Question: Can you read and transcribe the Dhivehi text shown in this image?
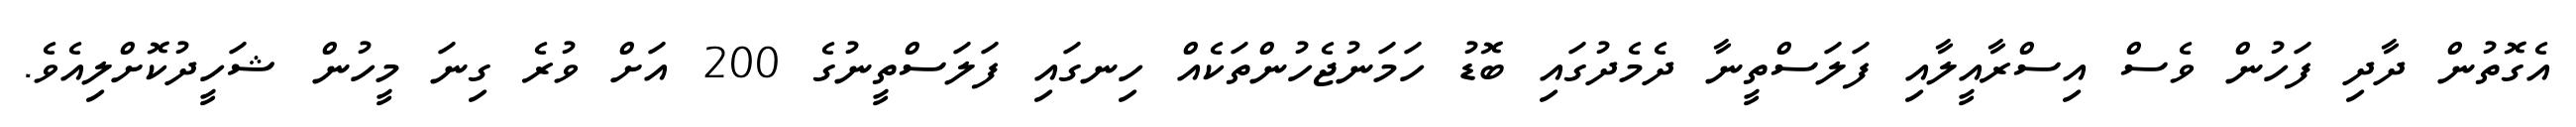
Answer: އެގޮތުން ދާދި ފަހުން ވެސް އިސްރާއީލާއި ފަލަސްތީނާ ދެމެދުގައި ބޮޑު ހަމަނުޖެހުންތަކެއް ހިނގައި ފަލަސްތީނުގެ 200 އަށް ވުރެ ގިނަ މީހުން ޝަހީދުކޮށްލިއެވެ.